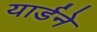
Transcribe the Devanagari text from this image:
यार्डने